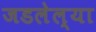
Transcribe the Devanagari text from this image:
जडलेल्या